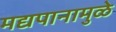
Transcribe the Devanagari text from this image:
मद्यपानामुळे